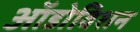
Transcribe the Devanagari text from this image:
ऑडोविशन